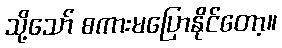
သို့သော် စကားမပြောနိုင်တော့။